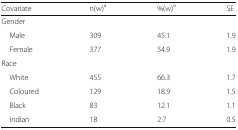
| Covariate | n(w)a | %(w)a | SE |
 | --- | --- | --- | --- |
 | <COLSPAN=4> Gender |
 | Male | 309 | 45.1 | 1.9 |
 | Female | 377 | 54.9 | 1.9 |
 | <COLSPAN=4> Race |
 | White | 455 | 66.3 | 1.7 |
 | Coloured | 129 | 18.9 | 1.5 |
 | Black | 83 | 12.1 | 1.1 |
 | Indian | 18 | 2.7 | 0.5 |